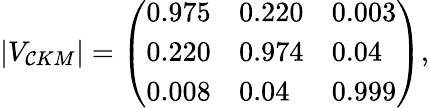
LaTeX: |V_{\mathcal{C}KM}|=\left(\begin{array}{lll}{{0.975}}&{{0.220}}&{{0.003}}\\ {{0.220}}&{{0.974}}&{{0.04}}\\ {{0.008}}&{{0.04}}&{{0.999}}\end{array}\right),